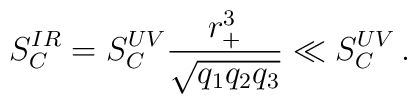
S_C^{IR} = S_C^{UV} \frac{r_+^3}{\sqrt{q_1q_2q_3}}\ll S_C^{UV}\,.